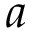
a